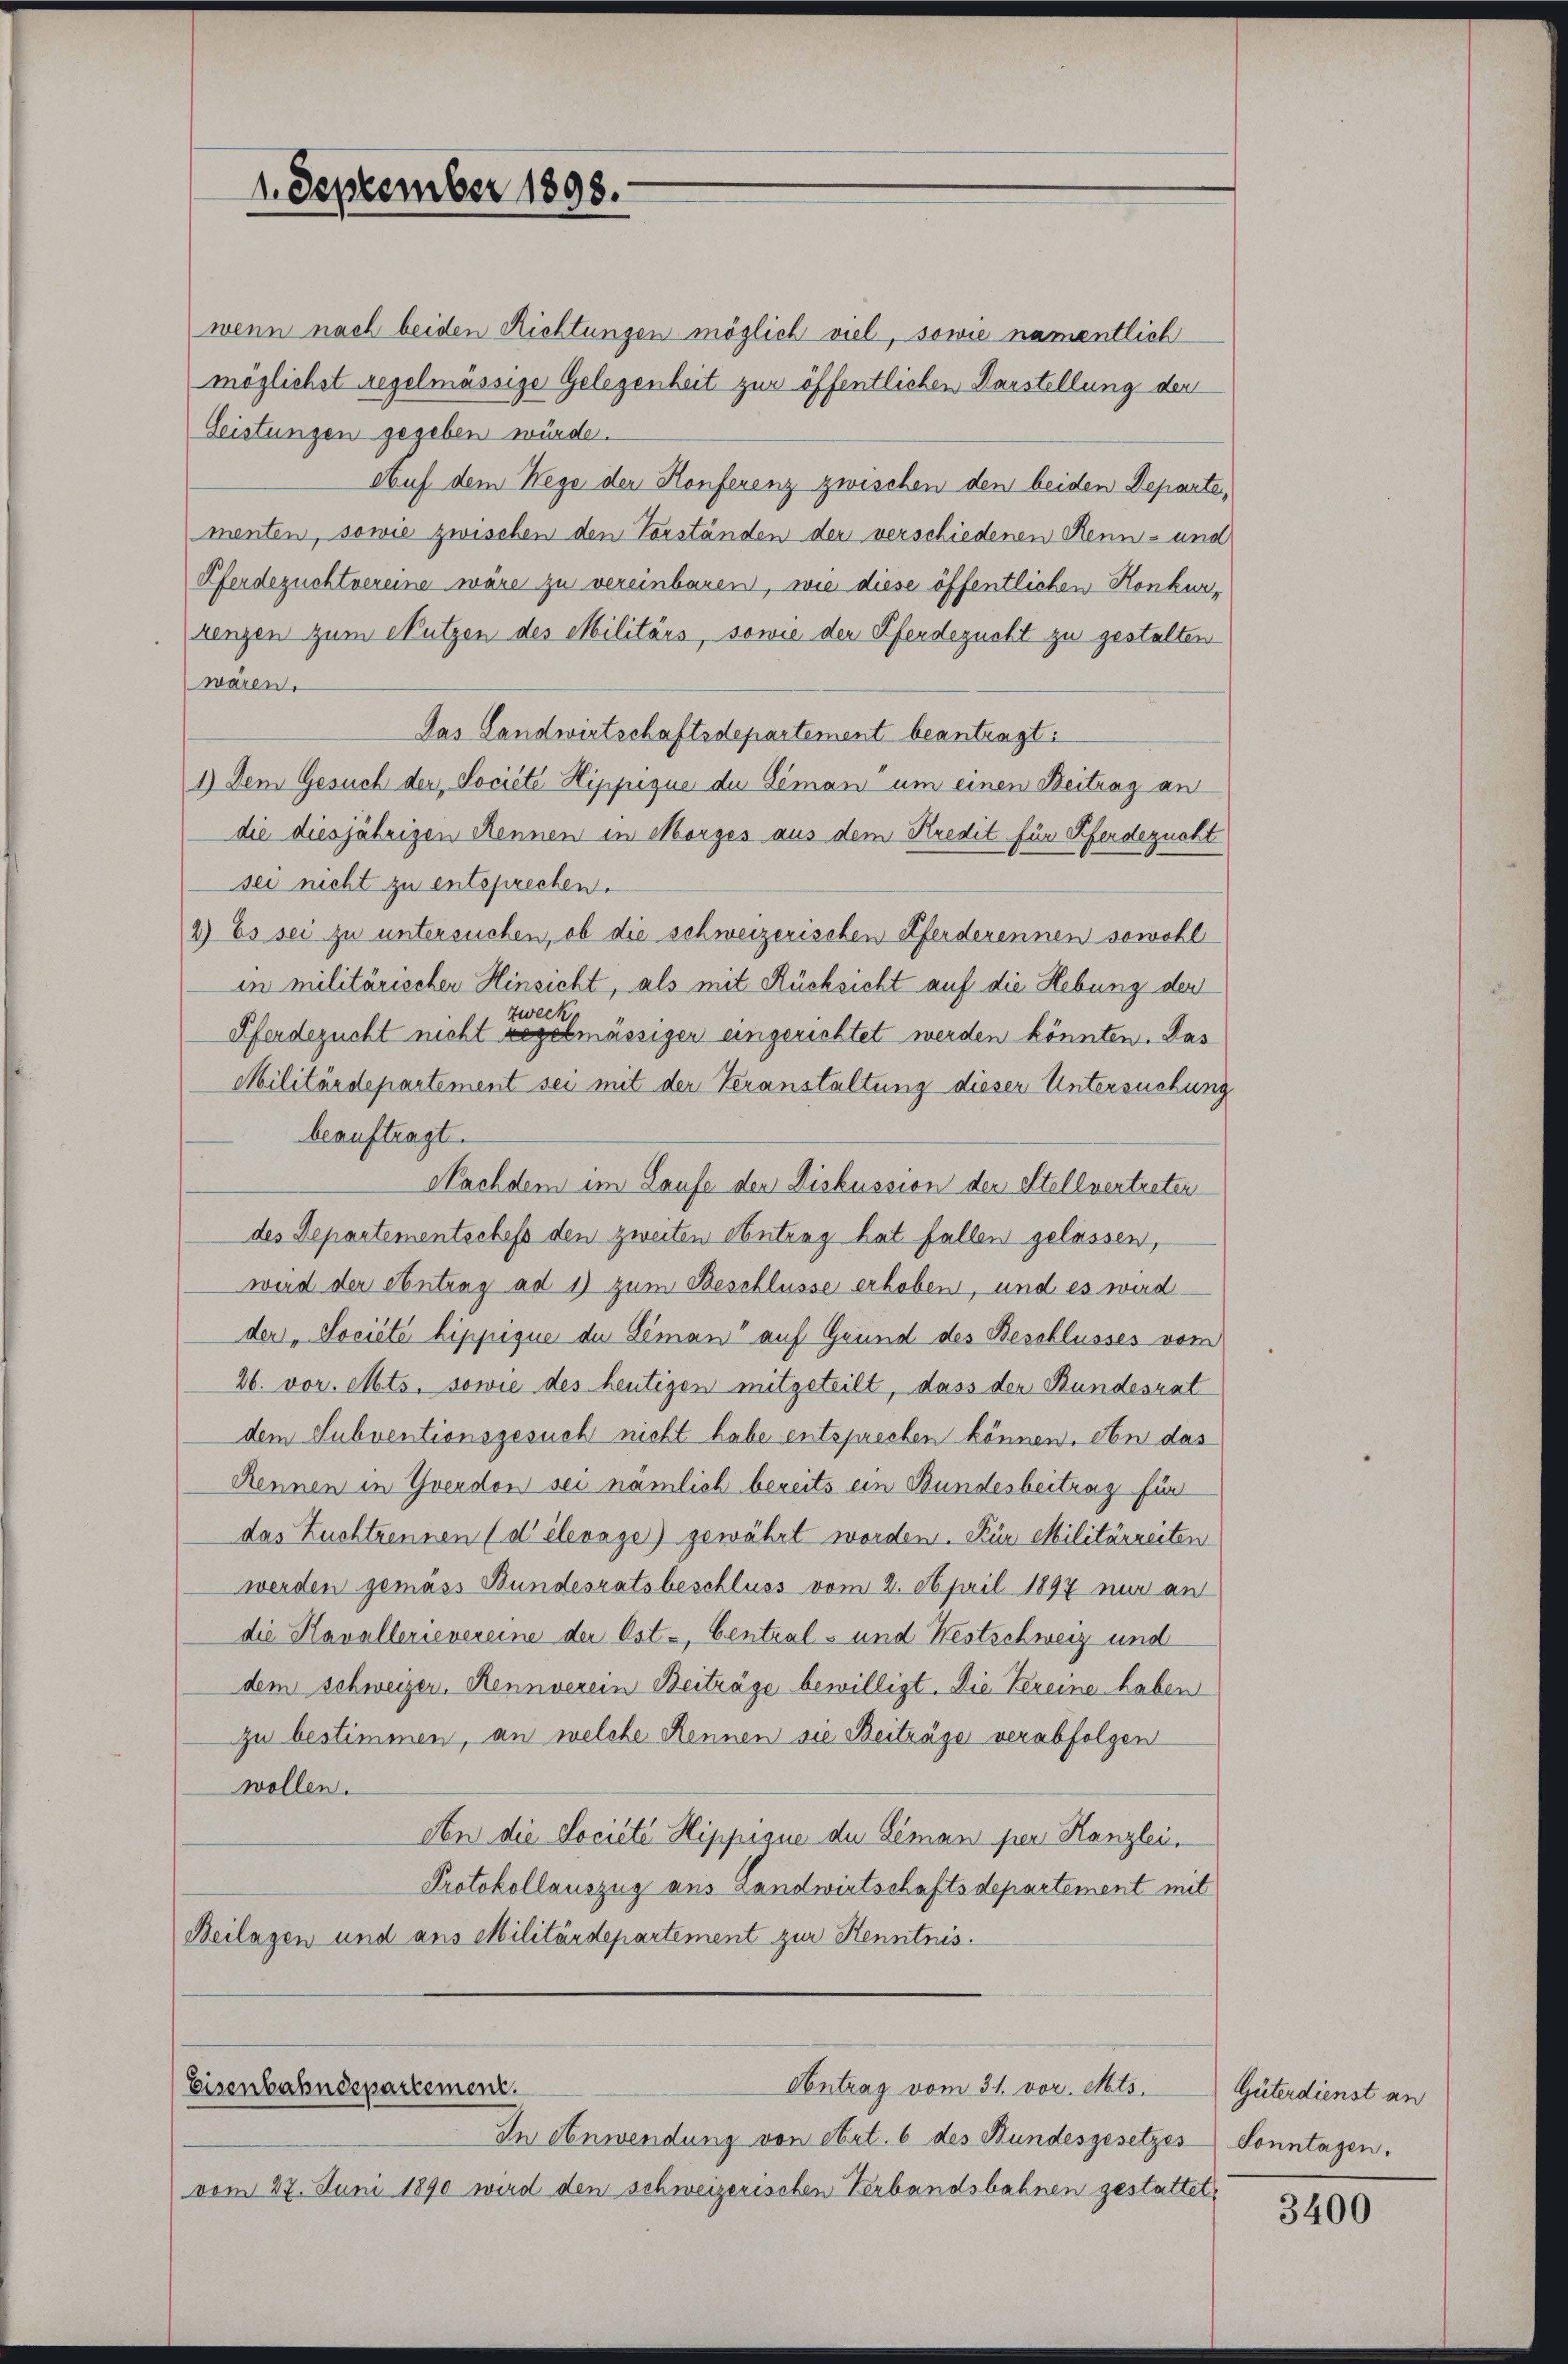
1. September 1893.

Antrag vom 31. vor. Mts.
Eisenbahndepartement.

wenn nach beiden Richtungen möglich viel, sowie namentlich
möglichst regelmässige Gelegenheit zur öffentlichen Darstellung der
Leistungen gegeben würde.
Auf dem Wege der Konferenz zwischen den beiden Departe,
menten, sowie zwischen den Vorständen der verschiedenen Renn- und
Pferdezuchtvereine wäre zu vereinbaren, wie diese öffentlichen Konkur¬
Lengen zum Nutzen des Militärs, sowie der Pferdezucht zu gestalten
waren.
Das Landwirtschaftsdepartement beantragt:
1) Dem Gesuch der Société Hippique du Semani um einen Beitrag an
die diesjährigen Rennen in Morges aus dem Kredit für Pferdezucht
sei nicht zu entsprechen.
2) Es sei zu untersuchen, ob die schweizerischen Pferderennen sowohl
in militärischen Hinsicht, als mit Rücksicht auf die Hebung der
zwecke
Pferdezucht nicht regelmässiger eingerichtet werden könnten. Das
Militärdepartement sei mit der Veranstaltung dieser Untersuchung
beauftragt.
Nachdem im Laufe der Diskussion der Stellvertreten
des Departementschefs den zweiten Antrag hat fallen gelassen,
wird der eintrag ad 1) zum Beschlüsse erhoben, und es wird
der "Société hippigue du Seman“ auf Grund des Beschlusses vom
26. vor. Mts. sowie des heutigen mitgeteilt, dass der Bundesrat
dem Subventionsgesuch nicht habe entsprechen können. An das
Rennen in Yverdon sei nämlich bereits ein Bundesbeitrag für
das Zuchtrennen (delerage gewährt worden. Für Militärreiten
werden gemäss Bundesratsbeschluss vom 2. April 1897 nur an
die Kavallerievereine der Ost- Centrals und Nestschweiz und
dem Schweizer, Rennverein Beiträge bewilligt. Die Vereine haben
zu bestimmen, an welche Rennen sie Beiträge verabfolgen
wollen.
An die Societe Hippique du Seman per Kanzlei,
Protokollauszug aus Landwirtschaftsdepartement mit
Beilagen und aus Militärdepartement zur Kenntnis.

In Anwendung von Art. 6 des Bundesgesetzes Sonntagen.
vom 27. Juni 1890 wird den schweizerischen Verbandsbahnen gestattet,

Güterdienst an

3400